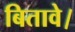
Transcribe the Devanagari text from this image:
बितावे।